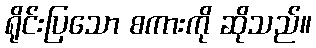
ရိုင်းပြသော စကားကို ဆိုသည်။